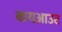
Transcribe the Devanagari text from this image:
बायआउट